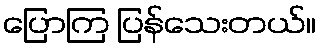
ပြောကြ ပြန်သေးတယ်။